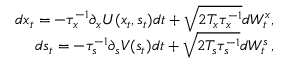
\begin{array} { r } { d x _ { t } = - \tau _ { x } ^ { - 1 } \partial _ { x } U ( x _ { t } , s _ { t } ) d t + \sqrt { 2 T _ { x } \tau _ { x } ^ { - 1 } } d W _ { t } ^ { x } , } \\ { d s _ { t } = - \tau _ { s } ^ { - 1 } \partial _ { s } V ( s _ { t } ) d t + \sqrt { 2 T _ { s } \tau _ { s } ^ { - 1 } } d W _ { t } ^ { s } \, , } \end{array}